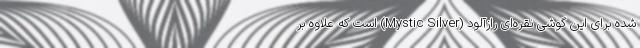
شده برای این گوشی نقره‌ای رازآلود (Mystic Silver) است که علاوه بر